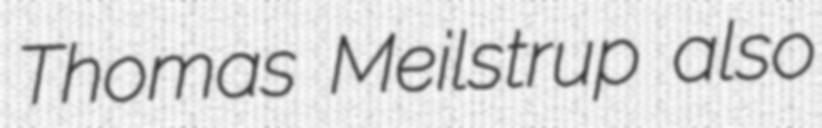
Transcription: Thomas Meilstrup also